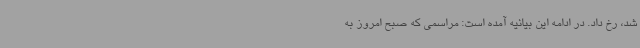
شد، رخ داد. در ادامه این بیانیه آمده است: مراسمی که صبح امروز به